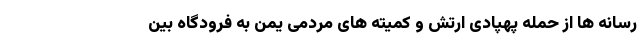
رسانه ها از حمله پهپادی ارتش و کمیته های مردمی یمن به فرودگاه بین